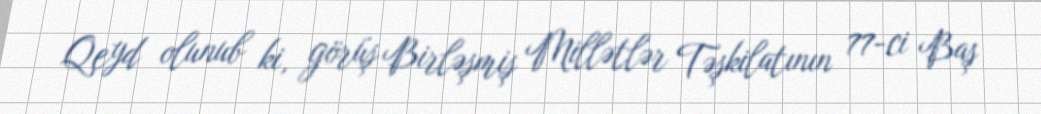
Qeyd olunub ki, görüş Birləşmiş Millətlər Təşkilatının 77-ci Baş